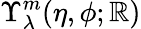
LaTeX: \Upsilon_{\lambda}^{m}(\eta,\phi;\mathbb{R})